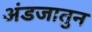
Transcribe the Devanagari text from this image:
अंडजातुन